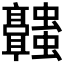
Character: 𬴥